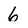
Character: 6